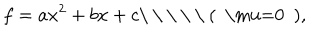
f = a x ^ { 2 } + b x + c \mathrm { \ ( ~ \ m u = 0 ~ ) , }